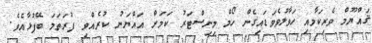
ޤައްޔޫމް ވެރިކަމާއި ހަވާލުވެވަޑައިގެން ހޯމް މިނިސްޓަރު ކަމަށް އައްޔަނު ކުރެއްވި ފުރަތަމަ ބޭފުޅާއެވެ.